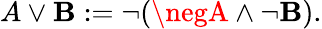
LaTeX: A\lor\mathbf{B}:=\neg(\negA\land\neg\mathbf{B}).